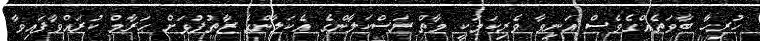
ހުރިހާ ބާވަތެއްގެވެސް އަނިވާ ވެރިކަމަކީ މާތް ރަސްކަލާންގެ އެކަލާންގެ ޒާތުފުޅަށް ޙަރާމް ކުރައްވާފައިވާ